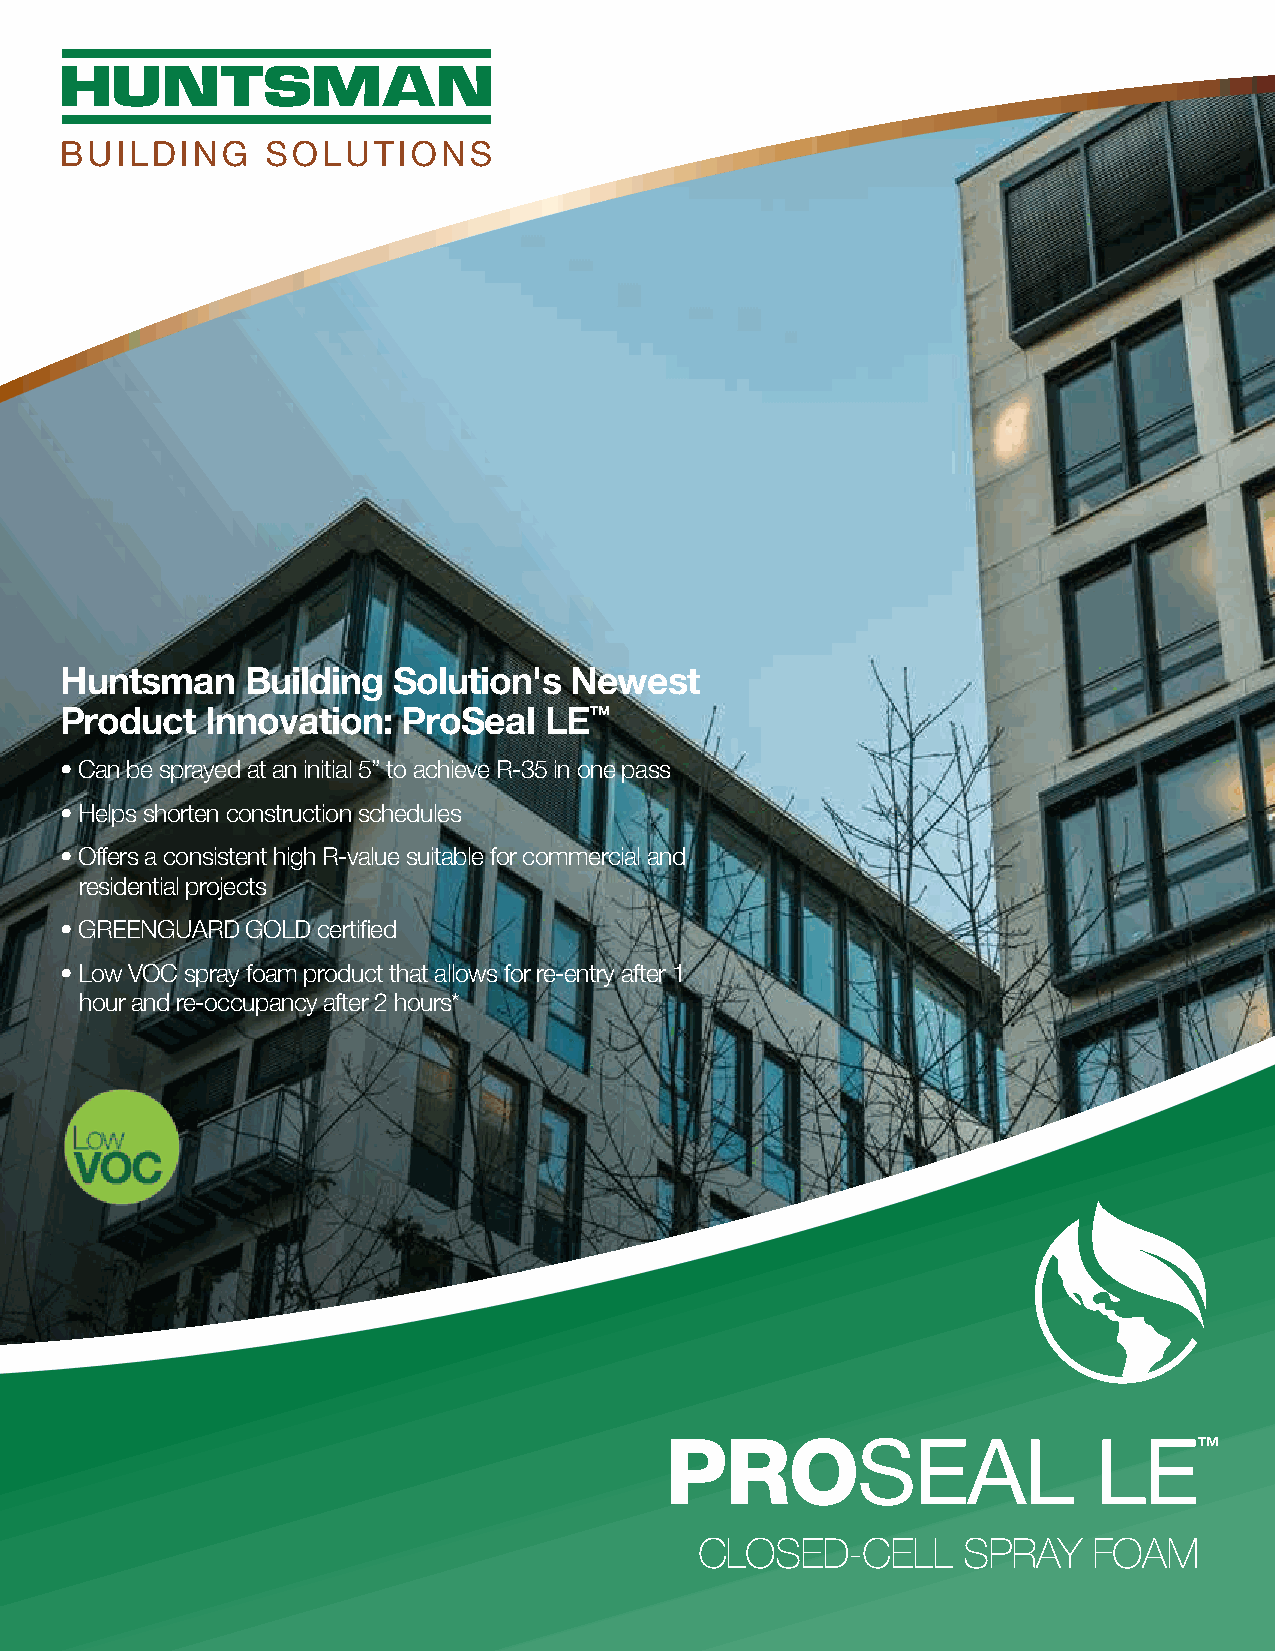
Huntsman    Building  Solution's  Newest
 Product   Innovation:  ProSeal  LE™
 • Can be sprayed at an initial 5” to achieve R-35 in one pass
 • Helps shorten construction schedules
 • Offers a consistent high R-value suitable for commercial and
 residential projects
 • GREENGUARD GOLD certified
 • Low VOC spray foam product that allows for re-entry after 1
 hour and re-occupancy after 2 hours*
 PROSEAL                      LE™
 CLOSED-CELL       SPRAY   FOAM